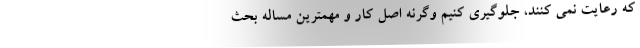
که رعایت نمی کنند، جلوگیری کنیم وگرنه اصل کار و مهمترین مساله بحث